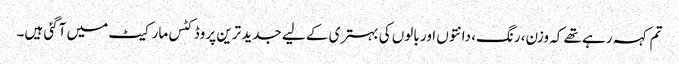
تم کہہ رہے تھے کہ وزن، رنگ، دانتوں اور بالوں کی بہتری کے لیے جدید ترین پروڈکٹس مارکیٹ میں آگئی ہیں۔